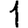
Digit: 1